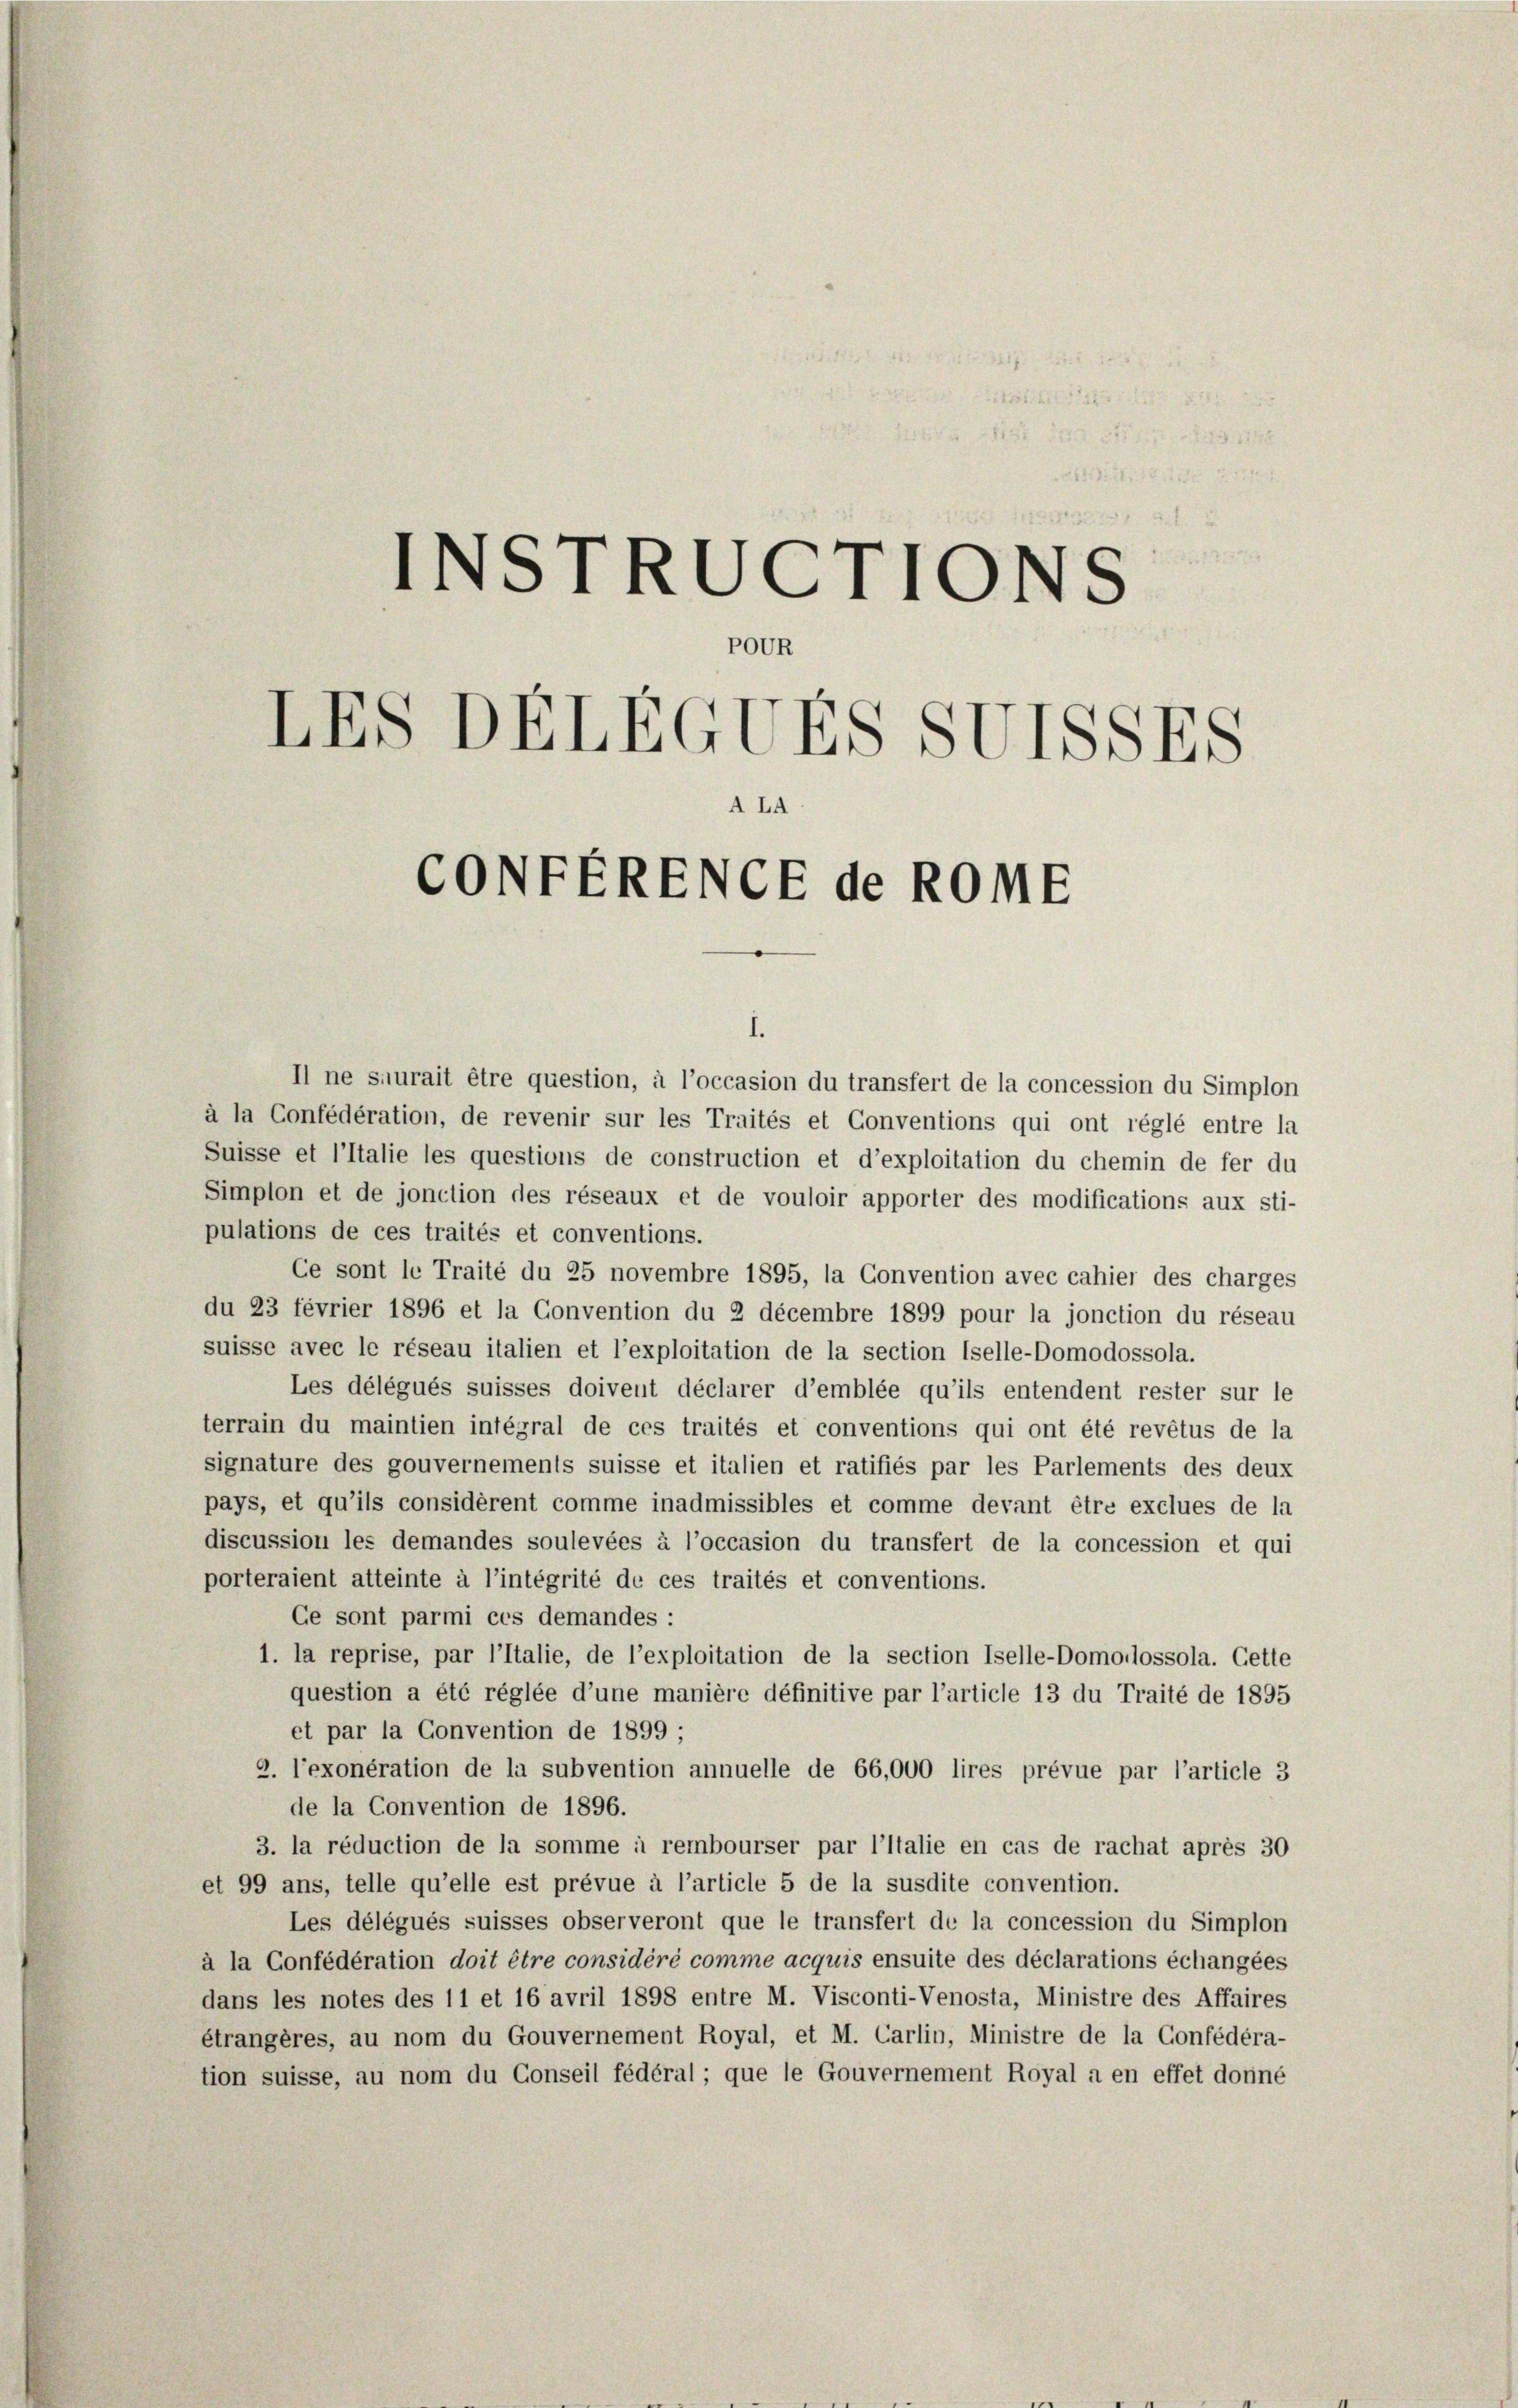
INSTRUCTTONS

Or
LES DELEGUES SUISSES
LA
CONFERENCE de ROME

I.

Il ne suiurait être question, à l’occasion du transfert de la concession du Simplon
à la Confédération, de revenir sur les Traités et Conventions qui ont réglé entre la
Suisse et l’Italie les questions de construction et d’exploitation du chemin de fer du
Simplon et de jonction des réseaux et de vouloir apporter des modifications aux sti-
pulations de ces traités et conventions.
Ce sont le Traité du 25 novembre 1895, la Convention avec cahier des charges
du 23 février 1896 et la Convention du 2 decembre 1899 pour la jonction du réseau
suisse avec le réseau italien et l’exploitation de la section Iselle-Domodossola.
Les délégués suisses doivent déclarer d’emblée qu’ils entendent rester sur le
terrain du maintien intégral de ces traités et conventions qui ont été revêtus de la
signature des gouvernements suisse et italien et ratifiés par les Parlements des deux
pays, et qu’ils considèrent comme inadmissibles et comme devant être exclues de la
discussion les demandes soulevées à l’occasion du transfert de la concession et qui
porteraient atteinte à l’intégrité de ces traités et conventions.
Ge sont parmi ces demandes:
1. la reprise, par l’Italie, de l’exploitation de la section Iselle-Domodlossola. Cette
question a été réglée d’une manière définitive par l’article 13 du Traité de 1895
et par la Convention de 1899 ;
2. l’exonération de la subvention annuelle de 66,000 lires prévue par l’article 3
de la Convention de 1896.
3. la réduction de la somme à rembourser par l’Italie en cas de rachat après 30
et 99 ans, telle qu’elle est prévue à l’article 5 de la susdite convention.
Les délégués suisses observeront que le transfert de la concession du Simplon
à la Confédération doit être considéré comme acquis ensuite des déclarations échangées
dans les notes des 11 et 16 avril 1898 entre M. Visconti-Venosta, Ministre des Affaires
étrangères, au nom du Gouvernement Royal, et M. Carlin, Ministre de la Confédéra-
tion suisse, au nom du Conseil fédéral; que le Gouvernement Royal a en effet donné